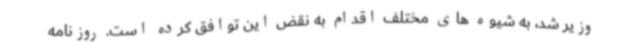
وزیر شد، به شیوه های مختلف اقدام به نقض این توافق کرده است. روزنامه